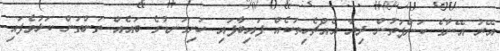
އޭރު އޭނާގެ ކަންފަތުން ދިޔާ އެއްޗެހިތަކެއް ފައިބާފައި ހަށިގަނޑުގެ ބައެއް ތަންތަން ކަޅުވެފައި